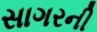
સાગરની